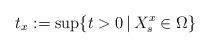
LaTeX: \begin{align*}t_x:=\sup\{t>0\,|\,X_s^x\in\Omega \}\end{align*}